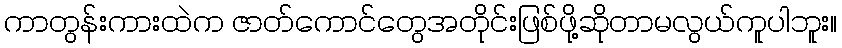
ကာတွန်းကားထဲက ဇာတ်ကောင်တွေအတိုင်းဖြစ်ဖို့ဆိုတာမလွယ်ကူပါဘူး။